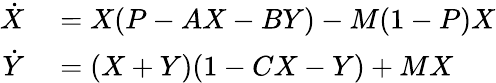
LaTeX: \begin{array}{rl}{\dot{X}}&{{}=X(P-AX-BY)-M(1-P)X}\\ {\dot{Y}}&{{}=(X+Y)(1-CX-Y)+MX}\end{array}